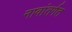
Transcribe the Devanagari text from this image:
नावांतर्गत